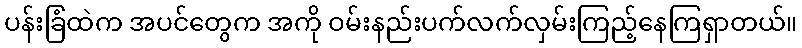
ပန်းခြံထဲက အပင်တွေက အကို ဝမ်းနည်းပက်လက်လှမ်းကြည့်နေကြရှာတယ်။